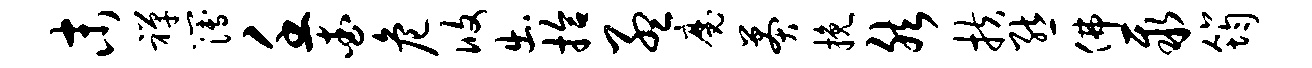
末禅簿壬查危攸出拾孟魔莽挽然扶熊佛聚筠